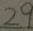
2 9